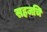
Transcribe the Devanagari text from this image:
सहजचि